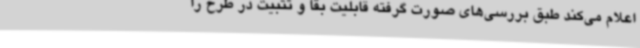
اعلام می‌کند طبق بررسی‌های صورت گرفته قابلیت بقا و تثبیت در طرح را